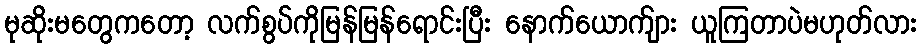
မုဆိုးမတွေကတော့ လက်စွပ်ကိုမြန်မြန်ရောင်းပြီး နောက်ယောက်ျား ယူကြတာပဲမဟုတ်လား